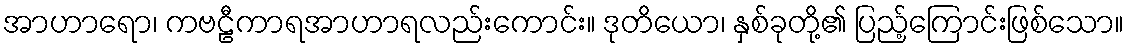
အာဟာရော၊ ကဗဠီကာရအာဟာရလည်းကောင်း။ ဒုတိယော၊ နှစ်ခုတို့၏ ပြည့်ကြောင်းဖြစ်သော။